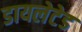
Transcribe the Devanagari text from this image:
डायलेटेड